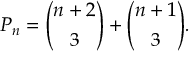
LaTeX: P _ { n } = { \binom { n + 2 } { 3 } } + { \binom { n + 1 } { 3 } } .